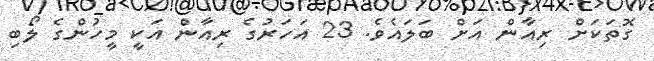
ގޮތަކަށް ރިއާން އަށް ބަލައެވެ. 23 އަހަރުގެ ރިއާން އަކީ މީހުންގެ ލޯބި